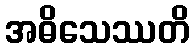
အဓိသေဿတိ